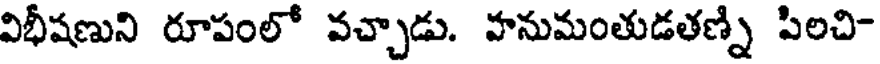
విభీషణుని రూపంలో వచ్చాడు. హనుమంతుడతణ్ని పిలచి-